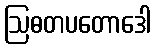
ဩဓတပတောဒေါ